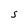
Character: S